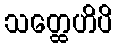
သတ္ထေဟိပိ